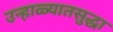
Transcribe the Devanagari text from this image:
उन्हाळ्यातसुद्धा